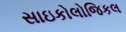
સાઇકોલોજિકલ